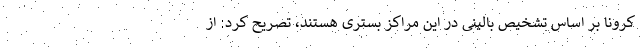
کرونا بر اساس تشخیص بالینی در این مراکز بستری هستند، تصریح کرد: از